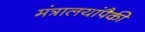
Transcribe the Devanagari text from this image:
मंत्रालयांपैकी